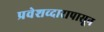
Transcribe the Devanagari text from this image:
प्रवेशव्दारापासून